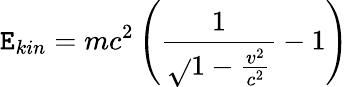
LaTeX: \mathtt{E}_{kin}=mc^{2}\left({\frac{{1}}{{\sqrt{}{{1-{\frac{{v^{2}}}{{c^{2}}}}}}}}}-1\right)